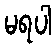
မရပါ